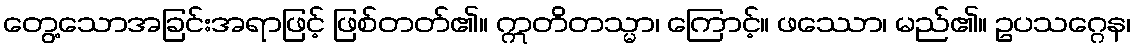
တွေ့သောအခြင်းအရာဖြင့် ဖြစ်တတ်၏။ ဣတိတသ္မာ၊ ကြောင့်။ ဖဿော၊ မည်၏။ ဥပသဂ္ဂေန၊